Source: Handwritten
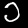
Digit: ၁ (1)